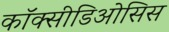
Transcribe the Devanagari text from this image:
कॉक्सीडिओसिस